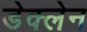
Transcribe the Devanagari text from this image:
डेक्लेन